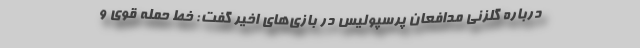
درباره گلزنی مدافعان پرسپولیس در بازی‌های اخیر گفت: خط حمله قوی و